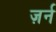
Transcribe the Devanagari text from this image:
ज़र्न